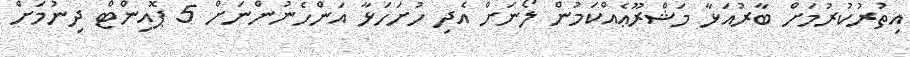
އިތުރުކުރުމަށް ބާރުއަޅާ މަޝްރޫޢެއްކަމުން ލޯނަށް އެދި ހުށަހަޅާ އަންހެނުންނަށް 5 ޕޮއިންޓް ދިނުމަށް